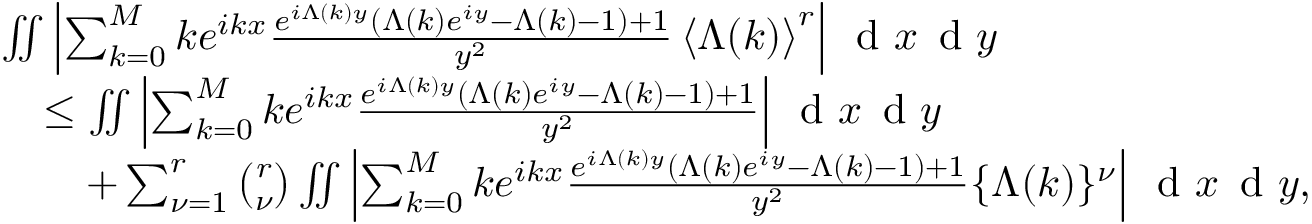
\begin{array} { r l } & { \iint \left\vert \sum _ { k = 0 } ^ { M } k e ^ { i k x } \frac { e ^ { i \Lambda ( k ) y } ( \Lambda ( k ) e ^ { i y } - \Lambda ( k ) - 1 ) + 1 } { y ^ { 2 } } \left\langle \Lambda ( k ) \right\rangle ^ { r } \right\vert \, \textnormal { d } x \, \textnormal { d } y } \\ & { \quad \leq \iint \left\vert \sum _ { k = 0 } ^ { M } k e ^ { i k x } \frac { e ^ { i \Lambda ( k ) y } ( \Lambda ( k ) e ^ { i y } - \Lambda ( k ) - 1 ) + 1 } { y ^ { 2 } } \right\vert \, \textnormal { d } x \, \textnormal { d } y } \\ & { \qquad + \sum _ { \nu = 1 } ^ { r } \binom { r } { \nu } \iint \left\vert \sum _ { k = 0 } ^ { M } k e ^ { i k x } \frac { e ^ { i \Lambda ( k ) y } ( \Lambda ( k ) e ^ { i y } - \Lambda ( k ) - 1 ) + 1 } { y ^ { 2 } } \{ \Lambda ( k ) \} ^ { \nu } \right\vert \, \textnormal { d } x \, \textnormal { d } y , } \end{array}